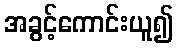
အခွင့်ကောင်းယူ၍